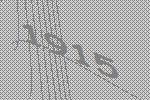
1915